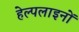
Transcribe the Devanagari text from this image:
हेल्पलाइनों